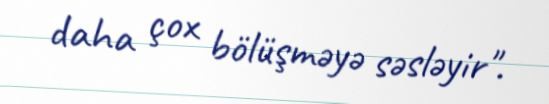
daha çox bölüşməyə səsləyir".